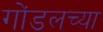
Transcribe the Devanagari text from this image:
गोंडलच्या